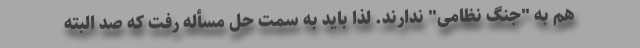
هم به "جنگ نظامی" ندارند. لذا باید به سمت حل مسأله رفت که صد البته